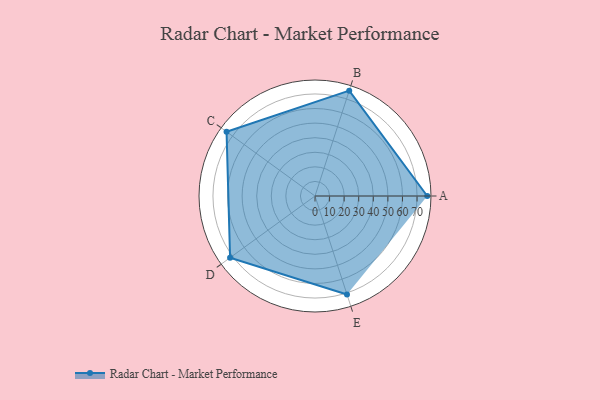
{"axis": {"x": "Skill", "y": "Score"}, "legend": ["Profile"], "data": [{"x": "A", "y": 77.0, "type": "Profile"}, {"x": "B", "y": 76.0, "type": "Profile"}, {"x": "C", "y": 75.0, "type": "Profile"}, {"x": "D", "y": 72.0, "type": "Profile"}, {"x": "E", "y": 71.0, "type": "Profile"}]}